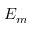
E _ { m }